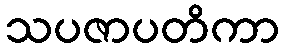
သပဇာပတိကာ